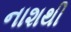
નાશથી